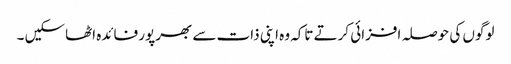
لوگوں کی حوصلہ افزائی کرتے تاکہ وہ اپنی ذات سے بھرپور فائدہ اٹھاسکیں ۔